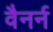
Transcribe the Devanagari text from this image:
वैनर्न